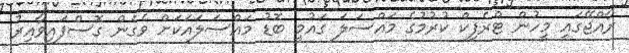
ރާއްޖޭގައި މީހުން ޓްރެފިކް ކުރުމުގެ މައްސަލަ ގައުމީ ބޮޑު މައްސަލައަކަށް ވެގެން ގޮސްފައިވާއިރު